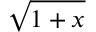
\sqrt { 1 + x }